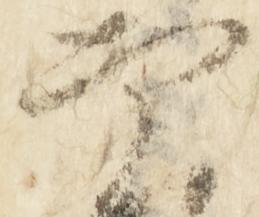
実